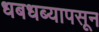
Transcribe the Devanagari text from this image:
धबधब्यापसून